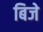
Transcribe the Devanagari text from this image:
बिजे